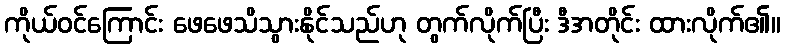
ကိုယ်ဝင်ကြောင်း ဖေဖေသိသွားနိုင်သည်ဟု တွက်လိုက်ပြီး ဒီအတိုင်း ထားလိုက်၏။